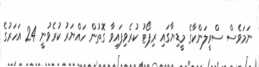
ނަމަވެސް ސްރީލަންކާގެ މީޑިޔާގައި ރިޕޯޓު ކުރެވިފައިވާ ގޮތުން ހައްޔަރު ކުރެވުނީ 24 އަހަރުގެ